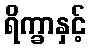
ရိက္ခာနှင့်